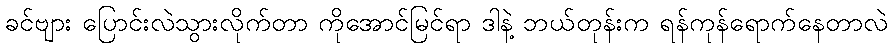
ခင်ဗျား ပြောင်းလဲသွားလိုက်တာ ကိုအောင်မြင်ရာ ဒါနဲ့ ဘယ်တုန်းက ရန်ကုန်ရောက်နေတာလဲ